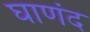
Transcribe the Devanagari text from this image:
घाणंद